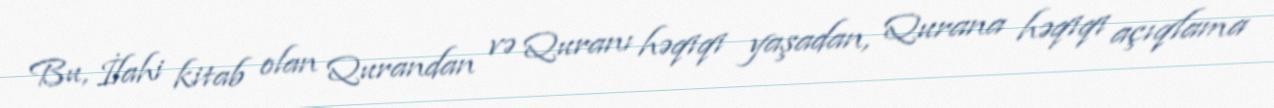
Bu, İlahi kitab olan Qurandan və Quranı həqiqi yaşadan, Qurana həqiqi açıqlama